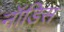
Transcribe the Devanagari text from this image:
नॉडिस